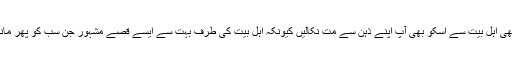
اور اسکا تعلق بھی اہل بیت سے اسکو بھی آپ اپنے ذہن سے مت نکالیں کیونکہ اہل بیت کی طرف بہت سے ایسے قصے مشہور جن سب کو پھر ماننا پڑے گا آپکو۔